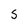
Character: s